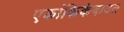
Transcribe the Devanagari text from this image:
एकांकिकेबाबत